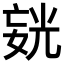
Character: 𪦍